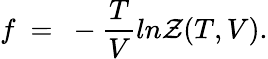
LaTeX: f~=~-{\frac{T}{V}}ln{{\cal{Z}}(T,V)}.